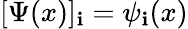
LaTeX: [\Psi(x)]_{\mathbf{i}}=\psi_{\mathbf{i}}(x)